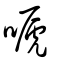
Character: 嗁